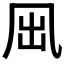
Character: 𠘼